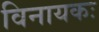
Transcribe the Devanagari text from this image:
विनायकः